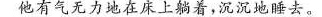
他有气无力地在床上躺着，沉沉的睡去。